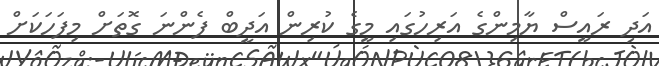
އަދި ރައީސް ޔާމިންގެ އަރިހުގައި މީގެ ކުރިން އަދީބް ފެންނަ ގޮތަށް މިފަހަކަށް